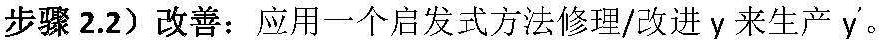
步骤 2.2）改善：应用一个启发式方法修理/改进 $y$ 来生产 $y'$。